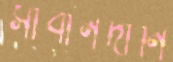
সাবানদানি